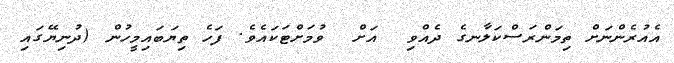
އެއުރެންނަށް ތިމަންރަސްކަލާނގެ ދެއްވި  އަށް  ވުމަށްޓަކައެވެ. ފަހެ ތިޔަބައިމީހުން (ދުނިޔޭގައި